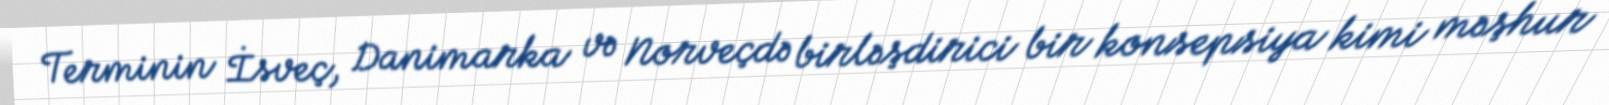
Terminin İsveç, Danimarka və Norveçdə birləşdirici bir konsepsiya kimi məşhur